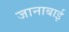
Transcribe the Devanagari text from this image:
जानाबाई